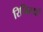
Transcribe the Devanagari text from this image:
रिजिस्टर्ड